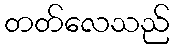
တတ်လေသည်